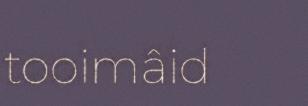
tooimâid